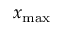
x _ { \mathrm { m a x } }